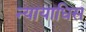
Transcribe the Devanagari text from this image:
न्यायाधिस